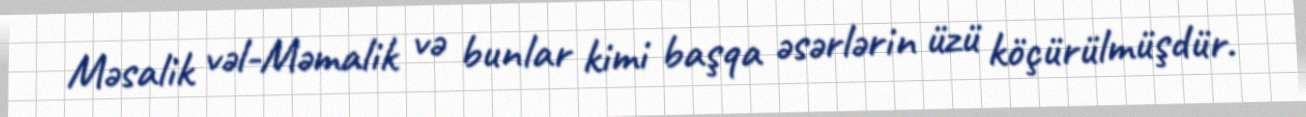
Məsalik vəl-Məmalik və bunlar kimi başqa əsərlərin üzü köçürülmüşdür.